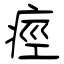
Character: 痙